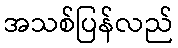
အသစ်ပြန်လည်